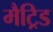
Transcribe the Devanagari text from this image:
मैट्रिड